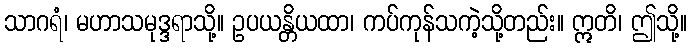
သာဂရံ၊ မဟာသမုဒ္ဒရာသို့။ ဥပယန္တိယထာ၊ ကပ်ကုန်သကဲ့သို့တည်း။ ဣတိ၊ ဤသို့။